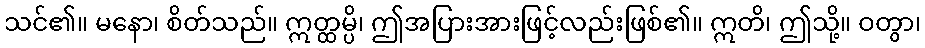
သင်၏။ မနော၊ စိတ်သည်။ ဣတ္ထမ္ပိ၊ ဤအပြားအားဖြင့်လည်းဖြစ်၏။ ဣတိ၊ ဤသို့။ ဝတွာ၊